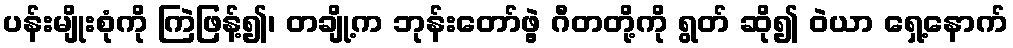
ပန်းမျိုးစုံကို ကြဲဖြန့်၍၊ တချို့က ဘုန်းတော်ဖွဲ့ ဂီတတို့ကို ရွတ် ဆို၍ ဝဲယာ ရှေ့နောက်